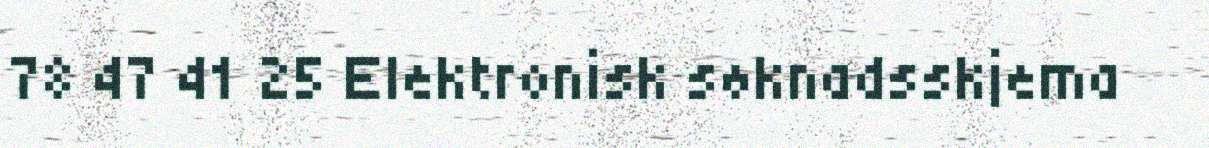
78 47 41 25 Elektronisk søknadsskjema